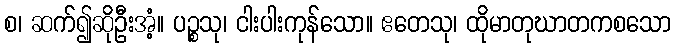
စ၊ ဆက်၍ဆိုဦးအံ့။ ပဉ္စသု၊ ငါးပါးကုန်သော။ ဧတေသု၊ ထိုမာတုဃာတကစသော